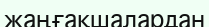
жаңғақшалардан